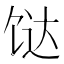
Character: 𩠅